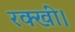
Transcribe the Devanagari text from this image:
रक्खीं।